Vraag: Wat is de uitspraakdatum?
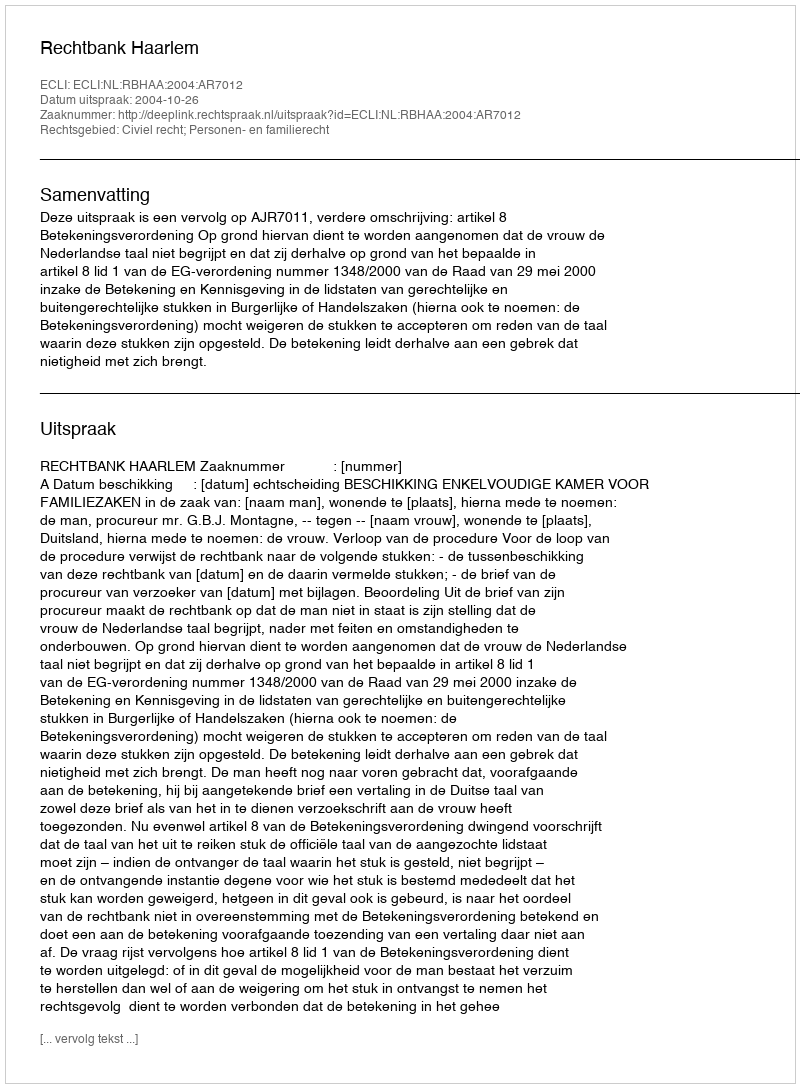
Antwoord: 2004-10-26